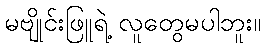
မဗျိုင်းဖြူရဲ့ လူတွေမပါဘူး။